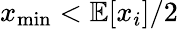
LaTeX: x_{\operatorname*{min}}<\mathbb{E}[x_{i}]/2